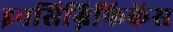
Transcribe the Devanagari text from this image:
इनसिग्निफिकेंस